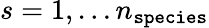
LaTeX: s=1,\dots n_{\texttt{species}}